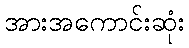
အားအကောင်းဆုံး